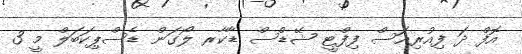
އޮފް ދަ ފިއުރިއަސް ފިފްޓީ ޝޭޑްސް ޑާކާރ ލޯގަން ޑެސްޕިކަބަލް މީ 3